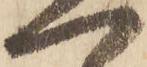
一